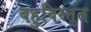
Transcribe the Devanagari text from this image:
बहुविस्तृत